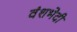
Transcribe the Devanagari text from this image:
वंशभेदी